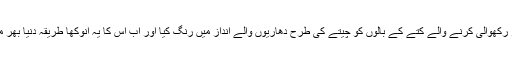
اور پھر زمین پر رکھوالی کرنے والے کتے کے بالوں کو چیتے کی طرح دھاریوں والے انداز میں رنگ کیا اور اب اس کا یہ انوکھا طریقہ دنیا بھر میں مشہور ہوگیا۔